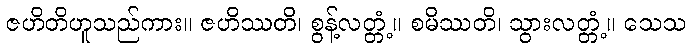
ဇဟိတိဟူသည်ကား။ ဇဟိဿတိ၊ စွန့်လတ္တံ့။ စမိဿတိ၊ သွားလတ္တံ့။ သေသ